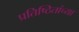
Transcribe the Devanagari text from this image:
प्रतिष्ठितांच्या